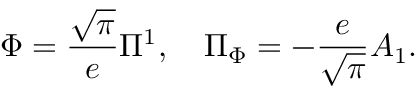
\Phi = { \frac { \sqrt \pi } { e } } \Pi ^ { 1 } , ~ ~ ~ \Pi _ { \Phi } = - { \frac { e } { \sqrt \pi } } A _ { 1 } .